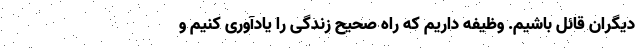
دیگران قائل باشیم. وظیفه داریم که راه صحیح زندگی را یادآوری کنیم و